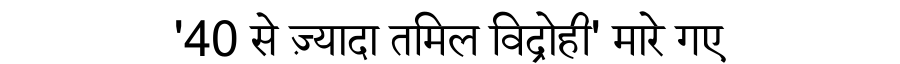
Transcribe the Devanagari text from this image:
'40 से ज़्यादा तमिल विद्रोही' मारे गए